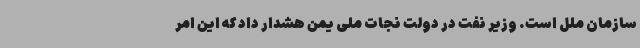
سازمان ملل است. وزیر نفت در دولت نجات ملی یمن هشدار داد که این امر